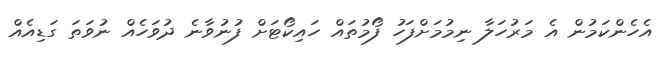
އެހެންކަމުން އެ މަރުހަލާ ނިމުމަށްފަހު ފޯމުތައް ހައިކޯޓަށް ފުނުވާނެ ދުވަހެއް ނުވަތަ ގަޑިއެއް